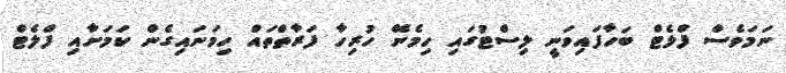
ނަމަވެސް ފްލެޓް ބަހާފައިވަނީ ލިސްޓުގައި ހިމެނޭ ހުރިހާ ފަރާތްތައް ހިމަނައިގެން ކަމަށާއި ފްލެޓް